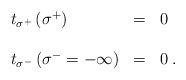
LaTeX: \begin{align*}\begin{array}{lcl}t_{\sigma^+}\left(\sigma^+\right)&=&0\\\\t_{\sigma^-}\left(\sigma^-=-\infty\right)&=&0\;.\end{array}\end{align*}